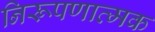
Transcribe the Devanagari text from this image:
निरूपणात्मक